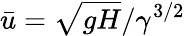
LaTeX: \bar{u}=\sqrt{gH}/\gamma^{3/2}